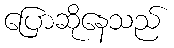
ပြောဆိုနေသည်